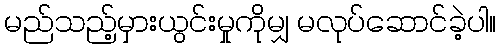
မည်သည့်မှားယွင်းမှုကိုမျှ မလုပ်ဆောင်ခဲ့ပါ။